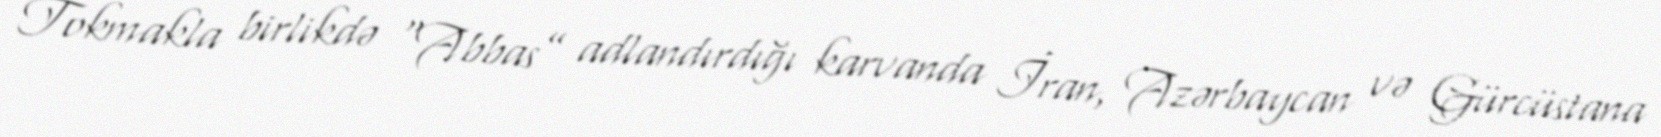
Tokmakla birlikdə “Abbas” adlandırdığı karvanda İran, Azərbaycan və Gürcüstana